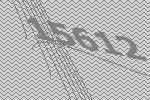
15612